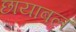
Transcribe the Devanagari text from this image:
छायाबल